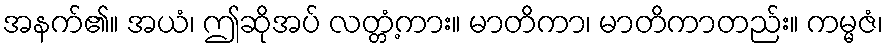
အနက်၏။ အယံ၊ ဤဆိုအပ် လတ္တံ့ကား။ မာတိကာ၊ မာတိကာတည်း။ ကမ္မဇံ၊